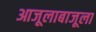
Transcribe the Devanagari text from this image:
आजूलाबाजूला